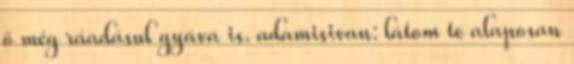
ő még ráadásul gyáva is. adamisivan: látom te alaposan